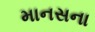
માનસના